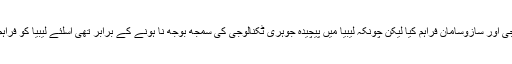
اُنہوں نے لیبیا کو بھی جوہری افزودگی کی ٹکنالوجی اور سازوسامان فراہم کیا لیکن چونکہ لیبیا میں پیچیدہ جوہری ٹکنالوجی کی سمجھ بوجھ نا ہونے کے برابر تھی اسلئے لیبیا کو فراہم کیا گیا جوہری سامان ڈبوں سے باہر ہی نہ آ سکا۔